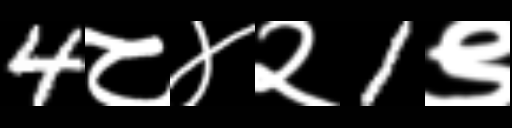
Text: 4८४२1९